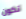
تكون